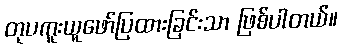
တုပကူးယူဖော်ပြထားခြင်းသာ ဖြစ်ပါတယ်။